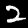
Label: 2